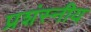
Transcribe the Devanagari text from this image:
प्रशंस्नीय